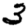
Digit: 3